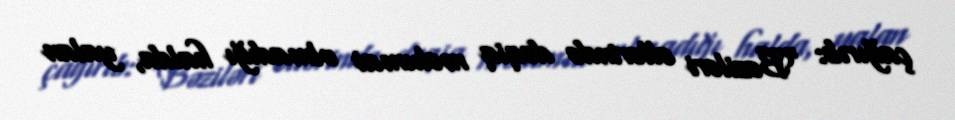
çağırıb: “Bəziləri əllərində dəqiq məlumat olmadığı halda, yalan